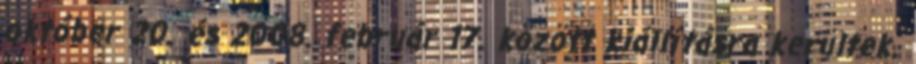
október 20. és 2008. február 17. között kiállításra kerültek.